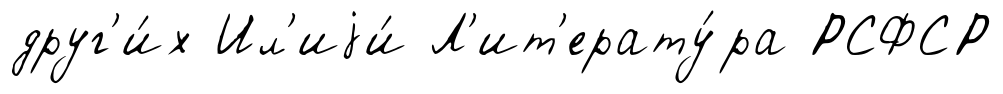
друг'и́х Ил'иjи́ Л'ит'ерату́ра РСФСР